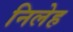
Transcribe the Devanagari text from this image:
निलेह